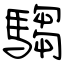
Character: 騶